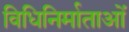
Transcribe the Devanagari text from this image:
विधिनिर्माताओं